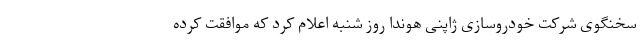
سخنگوی شرکت خودروسازی ژاپنی هوندا روز شنبه اعلام کرد که موافقت کرده